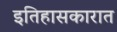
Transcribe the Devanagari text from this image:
इतिहासकारात